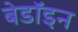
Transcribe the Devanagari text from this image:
बेडॉइन